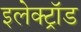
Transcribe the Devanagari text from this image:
इलेक्ट्रॉड